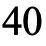
40